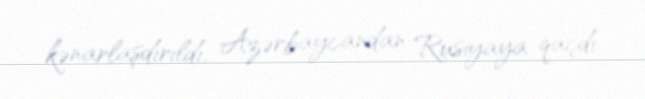
kənarlaşdırıldı, Azərbaycandan Rusiyaya qaçdı.